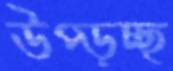
উপ্‌ড়চ্ছ